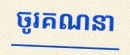
ចូរគណនា